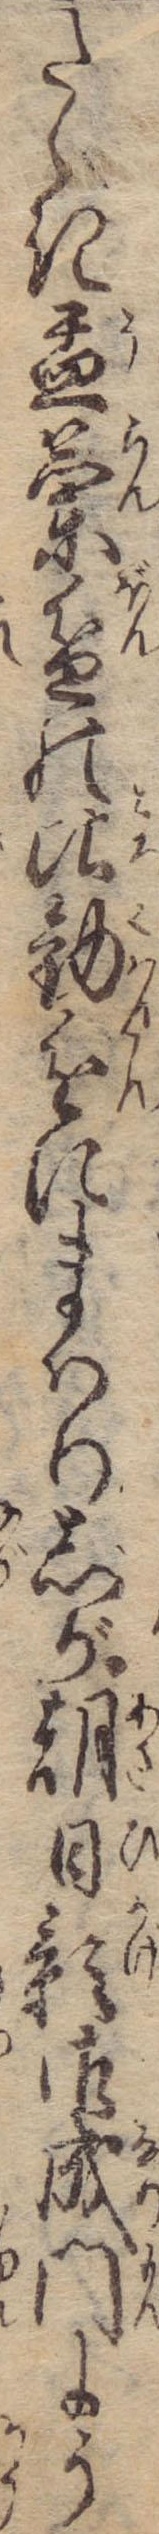
たゝき盂蘭盆の比勧進にまはりしが朝日影御成門にう